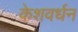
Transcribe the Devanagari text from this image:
केशवर्धन